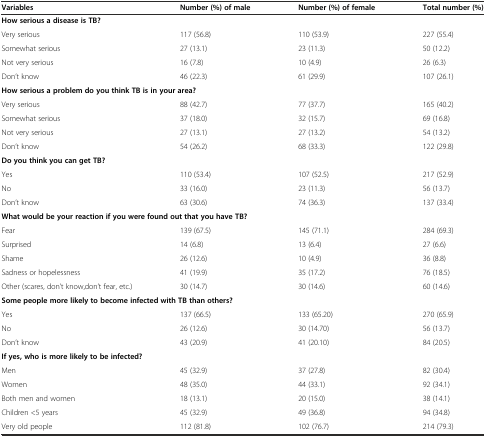
<table><thead><tr><td><b>Variables</b></td><td><b>Number (%) of male</b></td><td><b>Number (%) of female</b></td><td><b>Total number (%)</b></td></tr></thead><tbody><tr><td colspan="4"><b>How serious a disease is TB?</b></td></tr><tr><td>Very serious</td><td>117 (56.8)</td><td>110 (53.9)</td><td>227 (55.4)</td></tr><tr><td>Somewhat serious</td><td>27 (13.1)</td><td>23 (11.3)</td><td>50 (12.2)</td></tr><tr><td>Not very serious</td><td>16 (7.8)</td><td>10 (4.9)</td><td>26 (6.3)</td></tr><tr><td>Don’t know</td><td>46 (22.3)</td><td>61 (29.9)</td><td>107 (26.1)</td></tr><tr><td colspan="4"><b>How serious a problem do you think TB is in your area?</b></td></tr><tr><td>Very serious</td><td>88 (42.7)</td><td>77 (37.7)</td><td>165 (40.2)</td></tr><tr><td>Somewhat serious</td><td>37 (18.0)</td><td>32 (15.7)</td><td>69 (16.8)</td></tr><tr><td>Not very serious</td><td>27 (13.1)</td><td>27 (13.2)</td><td>54 (13.2)</td></tr><tr><td>Don’t know</td><td>54 (26.2)</td><td>68 (33.3)</td><td>122 (29.8)</td></tr><tr><td colspan="4"><b>Do you think you can get TB?</b></td></tr><tr><td>Yes</td><td>110 (53.4)</td><td>107 (52.5)</td><td>217 (52.9)</td></tr><tr><td>No</td><td>33 (16.0)</td><td>23 (11.3)</td><td>56 (13.7)</td></tr><tr><td>Don’t know</td><td>63 (30.6)</td><td>74 (36.3)</td><td>137 (33.4)</td></tr><tr><td colspan="4"><b>What would be your reaction if you were found out that you have TB?</b></td></tr><tr><td>Fear</td><td>139 (67.5)</td><td>145 (71.1)</td><td>284 (69.3)</td></tr><tr><td>Surprised</td><td>14 (6.8)</td><td>13 (6.4)</td><td>27 (6.6)</td></tr><tr><td>Shame</td><td>26 (12.6)</td><td>10 (4.9)</td><td>36 (8.8)</td></tr><tr><td>Sadness or hopelessness</td><td>41 (19.9)</td><td>35 (17.2)</td><td>76 (18.5)</td></tr><tr><td>Other (scares, don’t know,don’t fear, etc.)</td><td>30 (14.7)</td><td>30 (14.6)</td><td>60 (14.6)</td></tr><tr><td colspan="4"><b>Some people more likely to become infected with TB than others?</b></td></tr><tr><td>Yes</td><td>137 (66.5)</td><td>133 (65.20)</td><td>270 (65.9)</td></tr><tr><td>No</td><td>26 (12.6)</td><td>30 (14.70)</td><td>56 (13.7)</td></tr><tr><td>Don’t know</td><td>43 (20.9)</td><td>41 (20.10)</td><td>84 (20.5)</td></tr><tr><td colspan="4"><b>If yes, who is more likely to be infected?</b></td></tr><tr><td>Men</td><td>45 (32.9)</td><td>37 (27.8)</td><td>82 (30.4)</td></tr><tr><td>Women</td><td>48 (35.0)</td><td>44 (33.1)</td><td>92 (34.1)</td></tr><tr><td>Both men and women</td><td>18 (13.1)</td><td>20 (15.0)</td><td>38 (14.1)</td></tr><tr><td>Children &lt;5 years</td><td>45 (32.9)</td><td>49 (36.8)</td><td>94 (34.8)</td></tr><tr><td>Very old people</td><td>112 (81.8)</td><td>102 (76.7)</td><td>214 (79.3)</td></tr></tbody></table>